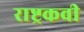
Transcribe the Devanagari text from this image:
राष्ट्रकवी